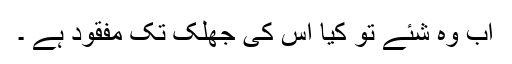
اب وہ شئے تو کیا اس کی جھلک تک مفقود ہے ۔